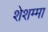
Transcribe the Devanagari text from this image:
शेशम्मा